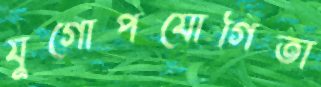
যুগোপযোগিতা